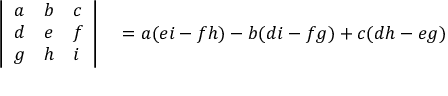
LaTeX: \begin{array} { r l } { { \left| \begin{array} { l l l } { a } & { b } & { c } \\ { d } & { e } & { f } \\ { g } & { h } & { i } \end{array} \right| } } & { { } = a ( e i - f h ) - b ( d i - f g ) + c ( d h - e g ) } \end{array}